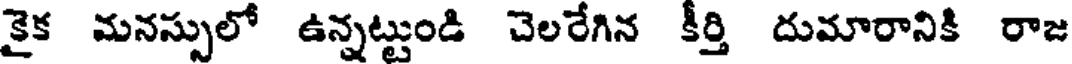
కైక మనస్సులో ఉన్నట్టుండి చెలరేగిన కీర్తి దుమారానికి రాజ